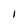
Character: l